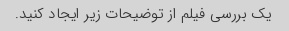
یک بررسی فیلم از توضیحات زیر ایجاد کنید.